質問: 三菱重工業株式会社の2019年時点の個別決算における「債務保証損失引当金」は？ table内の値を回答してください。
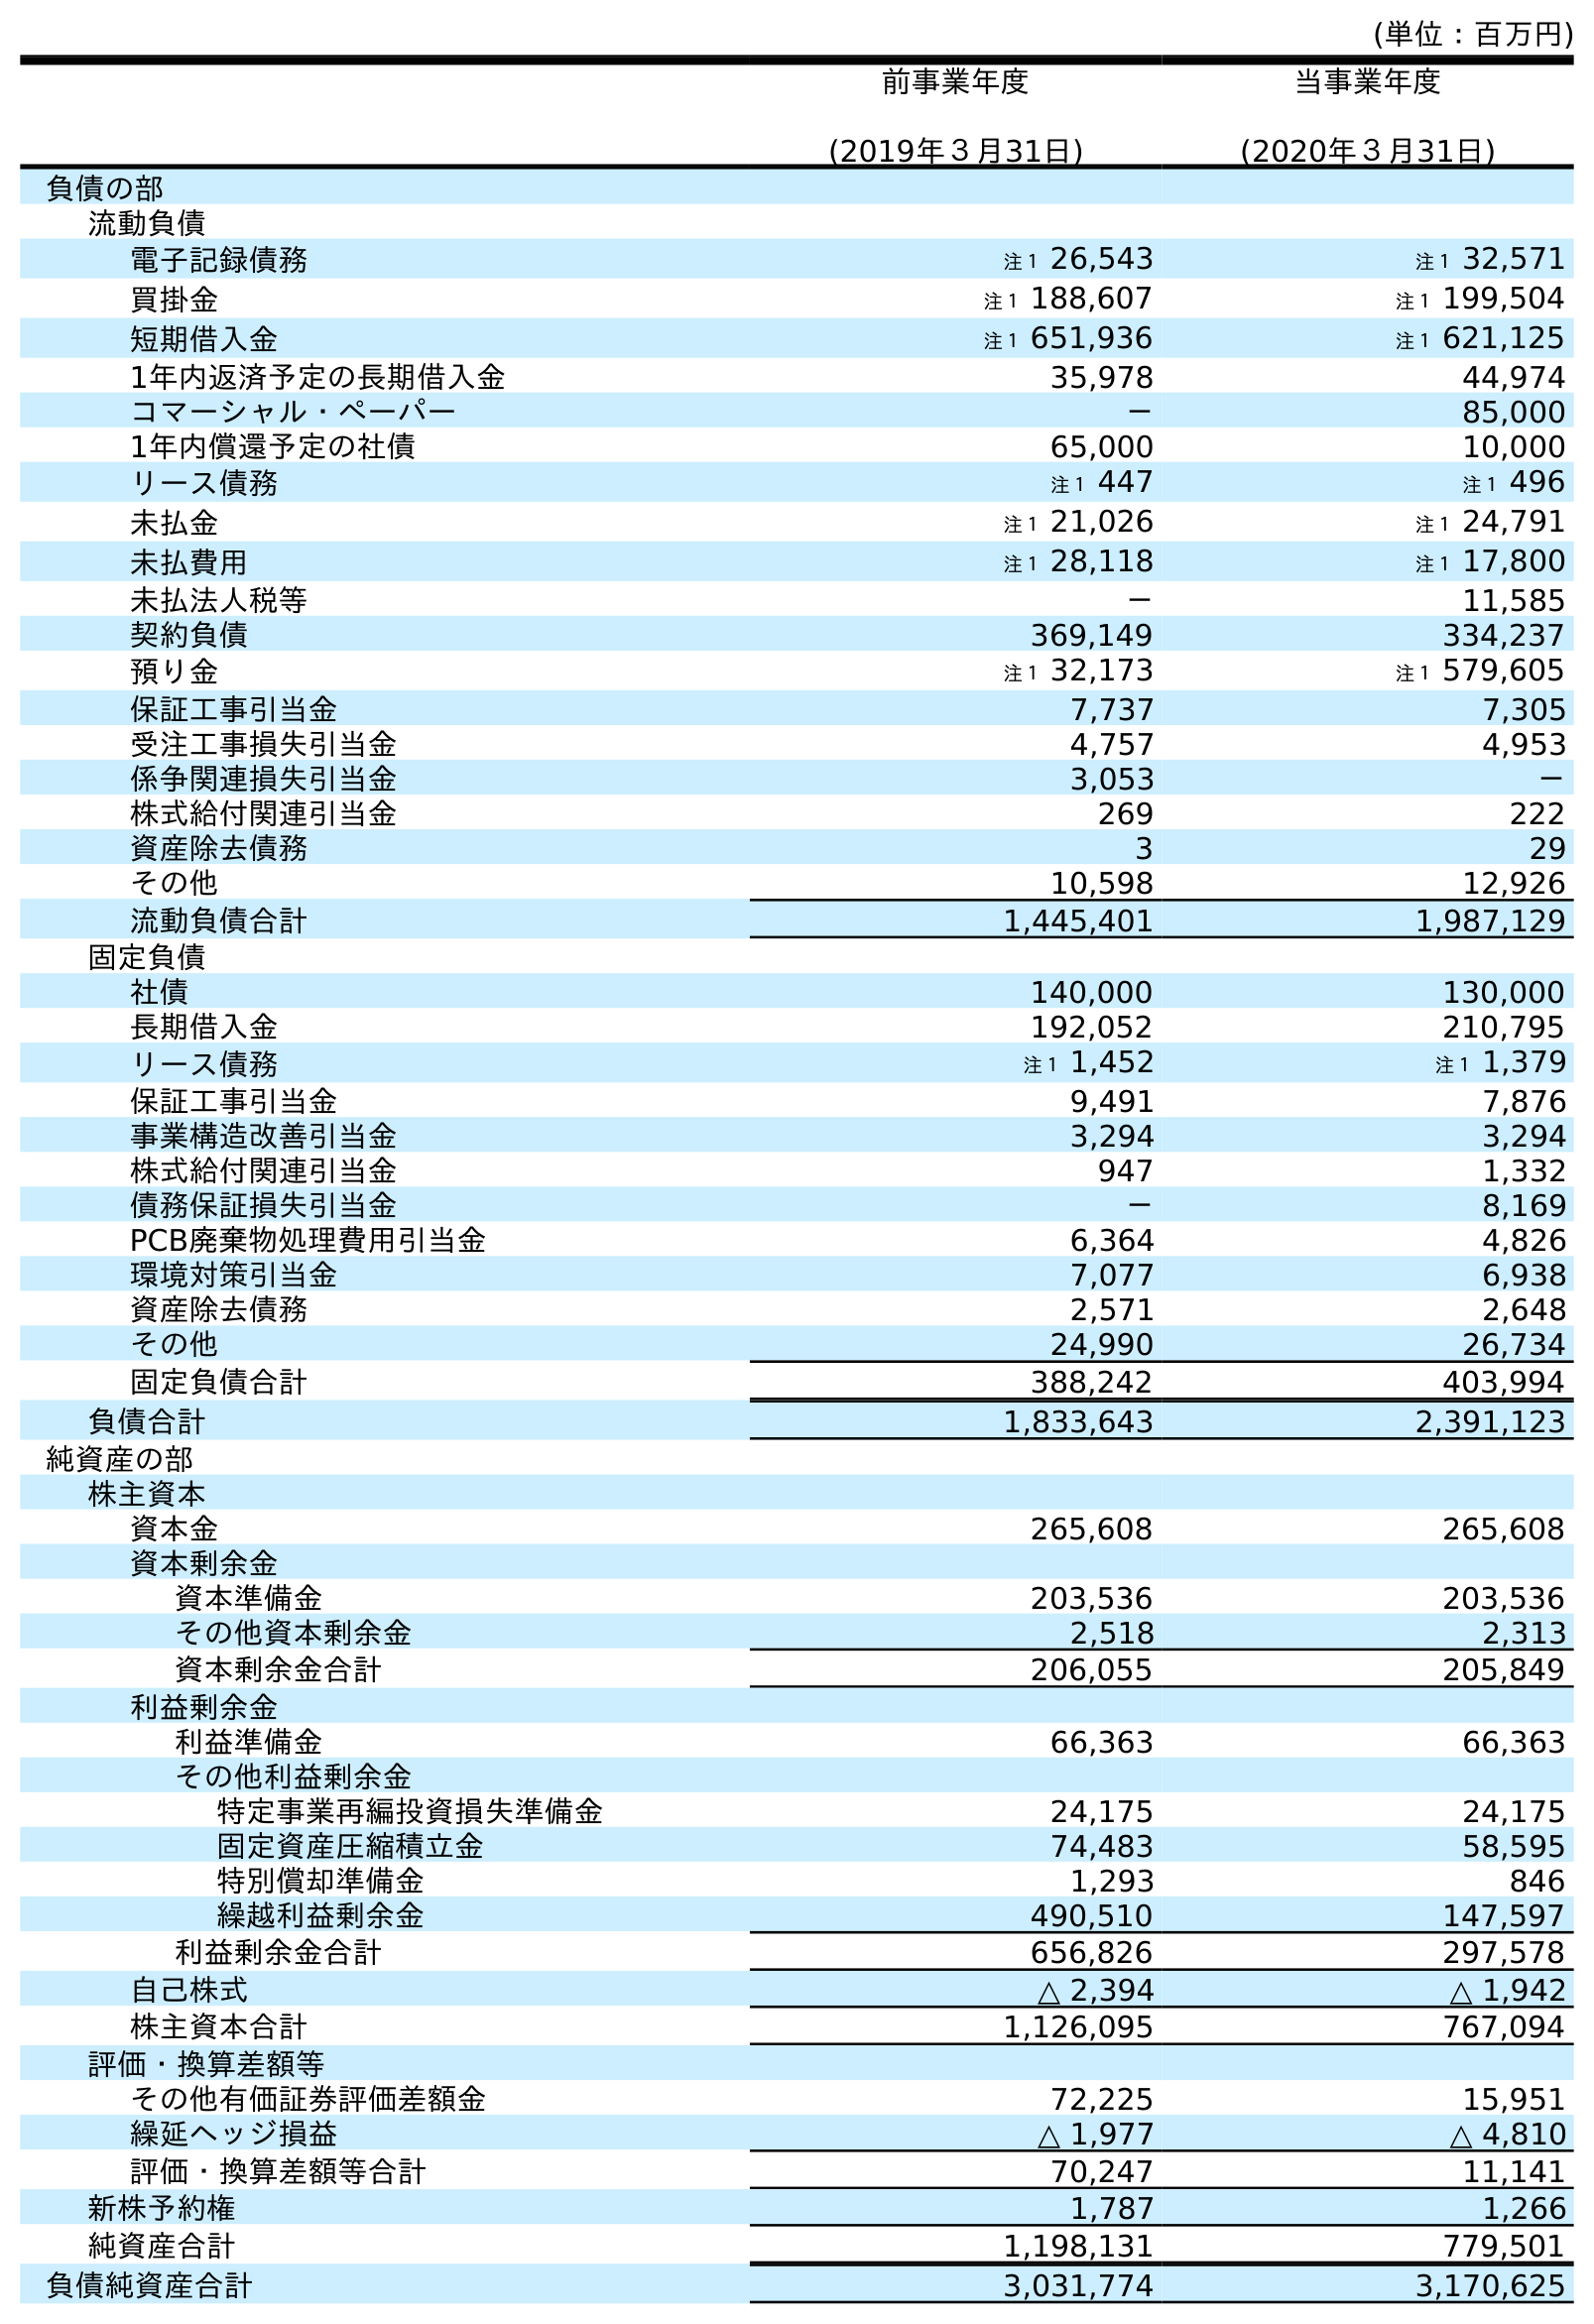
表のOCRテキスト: (単位：百万円) 前事業年度 (2019年３月31日) 当事業年度 (2020年３月31日) 負債の部 流動負債 電子記録債務 注１ 26,543 注１ 32,571 買掛金 注１ 188,607 注１ 199,504 短期借入金 注１ 651,936 注１ 621,125 1年内返済予定の長期借入金 35,978 44,974 コマーシャル・ペーパー － 85,000 1年内償還予定の社債 65,000 10,000 リース債務 注１ 447 注１ 496 未払金 注１ 21,026 注１ 24,791 未払費用 注１ 28,118 注１ 17,800 未払法人税等 － 11,585 契約負債 369,149 334,237 預り金 注１ 32,173 注１ 579,605 保証工事引当金 7,737 7,305 受注工事損失引当金 4,757 4,953 係争関連損失引当金 3,053 － 株式給付関連引当金 269 222 資産除去債務 3 29 その他 10,598 12,926 流動負債合計 1,445,401 1,987,129 固定負債 社債 140,000 130,000 長期借入金 192,052 210,795 リース債務 注１ 1,452 注１ 1,379 保証工事引当金 9,491 7,876 事業構造改善引当金 3,294 3,294 株式給付関連引当金 947 1,332 債務保証損失引当金 － 8,169 PCB廃棄物処理費用引当金 6,364 4,826 環境対策引当金 7,077 6,938 資産除去債務 2,571 2,648 その他 24,990 26,734 固定負債合計 388,242 403,994 負債合計 1,833,643 2,391,123 純資産の部 株主資本 資本金 265,608 265,608 資本剰余金 資本準備金 203,536 203,536 その他資本剰余金 2,518 2,313 資本剰余金合計 206,055 205,849 利益剰余金 利益準備金 66,363 66,363 その他利益剰余金 特定事業再編投資損失準備金 24,175 24,175 固定資産圧縮積立金 74,483 58,595 特別償却準備金 1,293 846 繰越利益剰余金 490,510 147,597 利益剰余金合計 656,826 297,578 自己株式 △ 2,394 △ 1,942 株主資本合計 1,126,095 767,094 評価・換算差額等 その他有価証券評価差額金 72,225 15,951 繰延ヘッジ損益 △ 1,977 △ 4,810 評価・換算差額等合計 70,247 11,141 新株予約権 1,787 1,266 純資産合計 1,198,131 779,501 負債純資産合計 3,031,774 3,170,625
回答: －